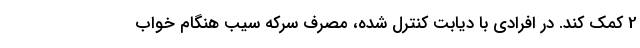
2 کمک کند. در افرادی با دیابت کنترل شده، مصرف سرکه سیب هنگام خواب